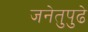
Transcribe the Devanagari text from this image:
जनेतुपुढे